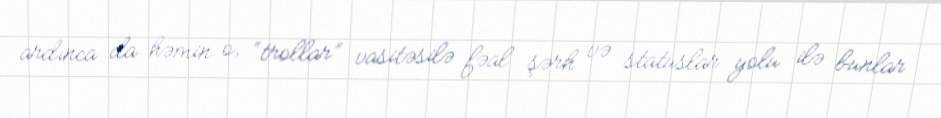
ardınca da həmin o, “trollar” vasitəsilə fəal şərh və statuslar yolu ilə bunlar